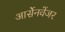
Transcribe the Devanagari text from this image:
आर्सेनवेंजर